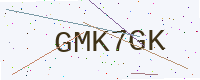
Text: GMK7GK